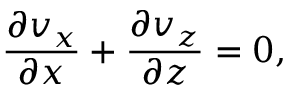
\frac { \partial v _ { x } } { \partial x } + \frac { \partial v _ { z } } { \partial z } = 0 ,